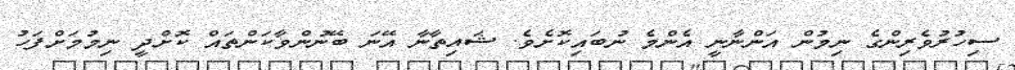
ސިހުރުވެރިންގެ ނިމުން އަންނާނީ އެންމެ ނުބައިކޮށެވެ. ޝައިތާނާ އޭނަ ބޭނުންވާކަންތައް ކޮށްދީ ނިމުމަށްފަހު